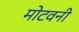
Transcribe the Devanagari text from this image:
मोटवनी